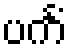
ပင်္ကံ